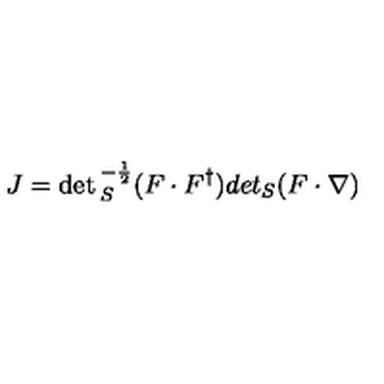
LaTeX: J = \det { } _ { S } ^ { - { \frac { 1 } { 2 } } } ( F \cdot F ^ { \dagger } ) d e t { } _ { S } ( F \cdot \nabla )